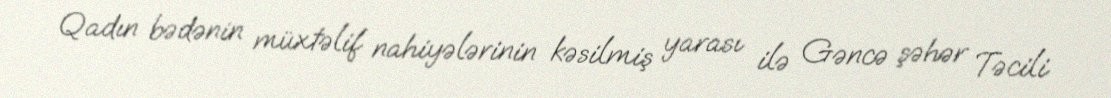
Qadın bədənin müxtəlif nahiyələrinin kəsilmiş yarası ilə Gəncə şəhər Təcili